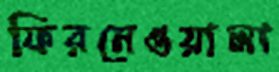
ফিরনেওয়ালা